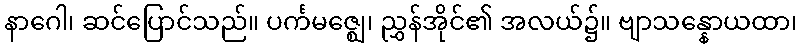
နာဂေါ၊ ဆင်ပြောင်သည်။ ပင်္ကမဇ္ဈေ၊ ညွှန်အိုင်၏ အလယ်၌။ ဗျာသန္နောယထာ၊